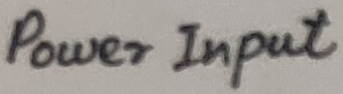
Text: Power Input